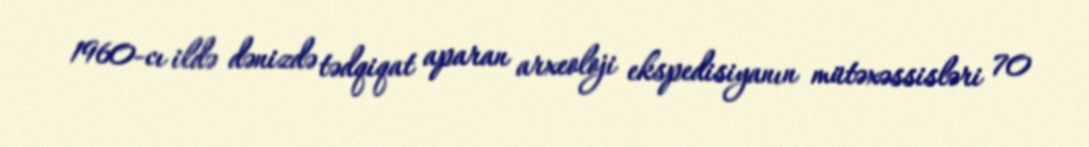
1960-cı ildə dənizdə tədqiqat aparan arxeoloji ekspedisiyanın mütəxəssisləri 70